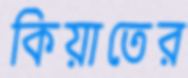
কিয়াতের